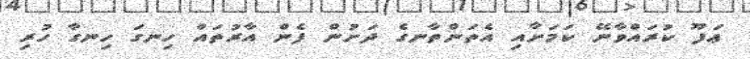
ޢަފޫ ކުރައްވާނޭ ކަމަށާއި އެތަންތާނގެ ދަށުން ފެން އާރުތައް ހިނގަ ހިނގާ ހުރި